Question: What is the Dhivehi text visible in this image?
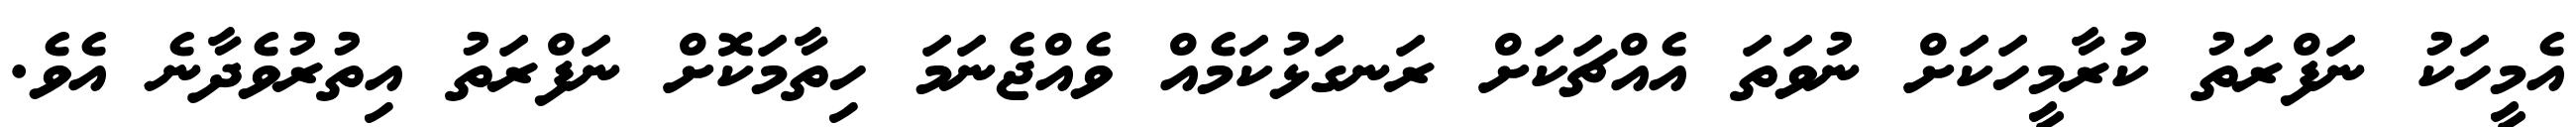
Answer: އެމީހަކު ނަފްރަތު ކުރާމީހަކަށް ނުވަތަ އެއްޗަކަށް ރަނގަޅުކަމެއް ވެއްޖެނަމަ ހިތާމަކޮށް ނަފްރަތު އިތުރުވެދާނެ އެވެ.